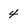
Character: 4